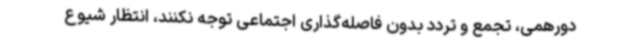
دورهمی، تجمع و تردد بدون فاصله‌گذاری اجتماعی توجه نکنند، انتظار شیوع